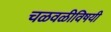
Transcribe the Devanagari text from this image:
चळवळीविषयी